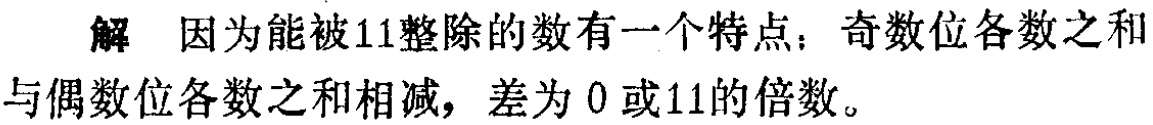
解 因为能被11整除的数有一个特点：奇数位各数之和与偶数位各数之和相减，差为0或11的倍数。